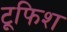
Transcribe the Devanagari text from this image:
टूफिश